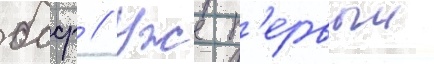
бсср // Уже п'ервыи